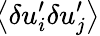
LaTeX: \! \left\langle{\delta u_{i}^{\prime}\delta u_{j}^{\prime}}\right\rangle